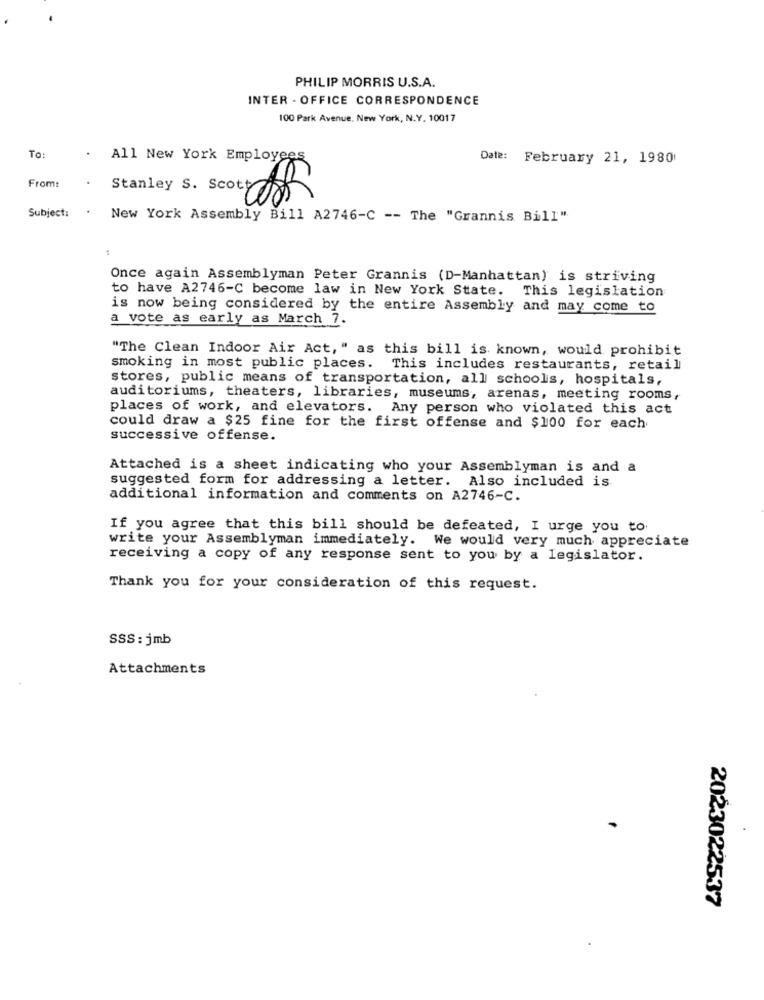
PHILIP MORRIS U.S.A.
INTER - OFFICE CORRESPONDENCE
100 Park Avenue, New York, N.Y. 10017
To:
All New York Employees
Date: February 21, 1980
From:
Stanley S. Scottoff
Subject:
New York Assembly Bill A2746-C -- The "Grannis Bill"
Once again Assemblyman Peter Grannis (D-Manhattan) is striving
to have A2746-C become law in New York State. This legislation
is now being considered by the entire Assembly and may come to
a vote as early as March 7.
"The Clean Indoor Air Act, " as this bill is known, would prohibit
smoking in most public places.
This includes restaurants, retail
stores, public means of transportation, all schools, hospitals,
auditoriums, theaters, libraries, museums, arenas, meeting rooms,
places of work, and elevators. Any person who violated this act
could draw a $25 fine for the first offense and $100 for each
successive offense.
Attached is a sheet indicating who your Assemblyman is and a
suggested form for addressing a letter. Also included is
additional information and comments on A2746-C.
If you agree that this bill should be defeated, I urge you to.
write your Assemblyman immediately. We would very much appreciate
receiving a copy of any response sent to you by a legislator.
Thank you for your consideration of this request.
SSS : jmb
Attachments
2023022537